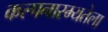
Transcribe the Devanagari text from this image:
कल्पनारम्यतेला